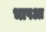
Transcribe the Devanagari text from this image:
भाषआ